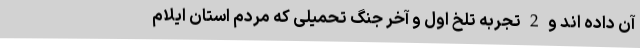
آن داده اند و 2 تجربه تلخ اول و آخر جنگ تحمیلی که مردم استان ایلام